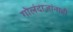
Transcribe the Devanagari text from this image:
गोलंदाजांनाही